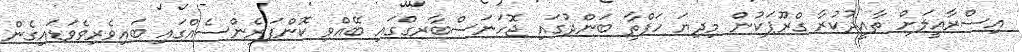
އިސްރާއީލަށް ތާއީދުކުރާ ގްރޫޕަކުން މިދިޔަ ހަފްތާ ބަންދުގައި ޖޮހަނަސްބާރގްގައި ބޭއްވި ކޮންފަރެންސެއްގައި ބައިވެރިވެވަޑައިގެން